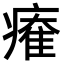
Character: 𤹩